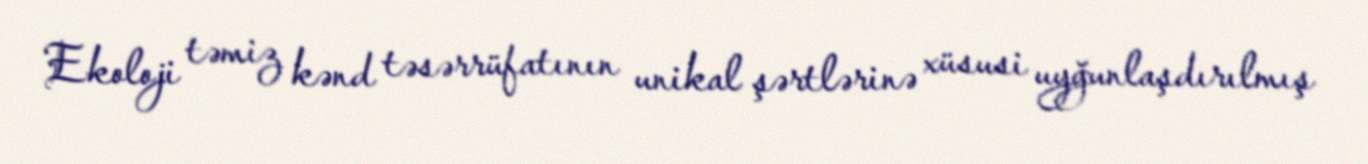
Ekoloji təmiz kənd təsərrüfatının unikal şərtlərinə xüsusi uyğunlaşdırılmış